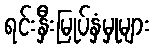
ရင်းနှီးမြုပ်နှံမှုများ